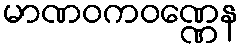
မာဏဝကဝဏ္ဏေန